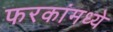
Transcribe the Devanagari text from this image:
फरकांमध्ये